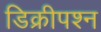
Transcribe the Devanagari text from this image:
डिक्रीपश्न